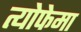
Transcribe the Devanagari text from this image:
त्योफेमा